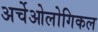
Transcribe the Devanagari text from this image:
अर्चेओलोगिकल